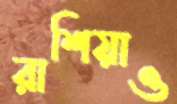
রাশিয়াও